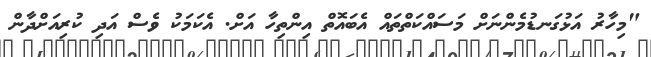
"މިހާރު އަޅުގަނޑުމެންނަށް މަސައްކަތްތައް އެބައޮތް އިންތިހާ އަށް. އެކަމަކު ވެސް އަދި ކުރިއަށްދާން